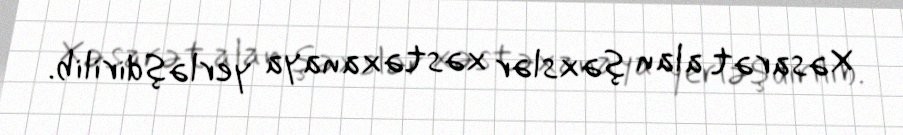
Xəsarət alan şəxslər xəstəxanaya yerləşdirilib.